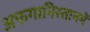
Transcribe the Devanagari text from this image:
अफगानिस्तानमें